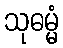
သုဓမ္မံ